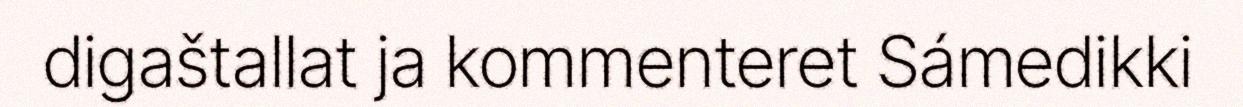
digaštallat ja kommenteret Sámedikki